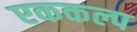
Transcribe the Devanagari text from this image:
एककल्प